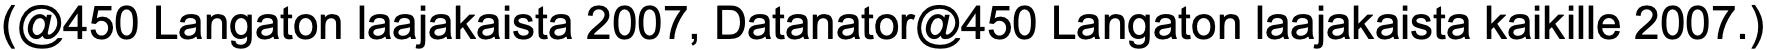
(@450 Langaton laajakaista 2007, Datanator@450 Langaton laajakaista kaikille 2007.)